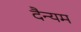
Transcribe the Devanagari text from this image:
दैन्यम